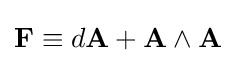
\mathbf {F} \equiv d\mathbf {A} +\mathbf {A} \wedge \mathbf {A}